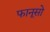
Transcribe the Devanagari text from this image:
फानूसो